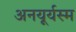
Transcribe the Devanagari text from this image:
अनयूर्यस्म